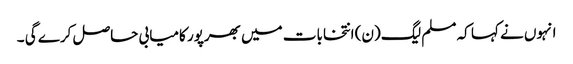
انہوں نے کہا کہ مسلم لیگ (ن) انتخابات میں بھرپور کامیابی حاصل کرے گی ۔